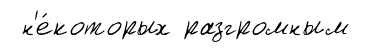
н'е́которых разгромным